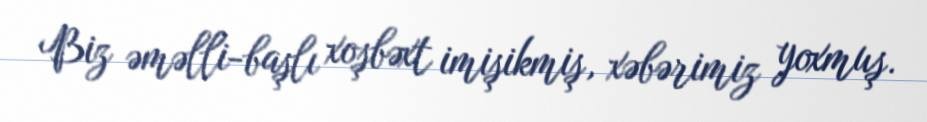
Biz əməlli-başlı xoşbəxt imişikmiş, xəbərimiz yoxmuş.